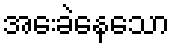
အေးခဲနေသော